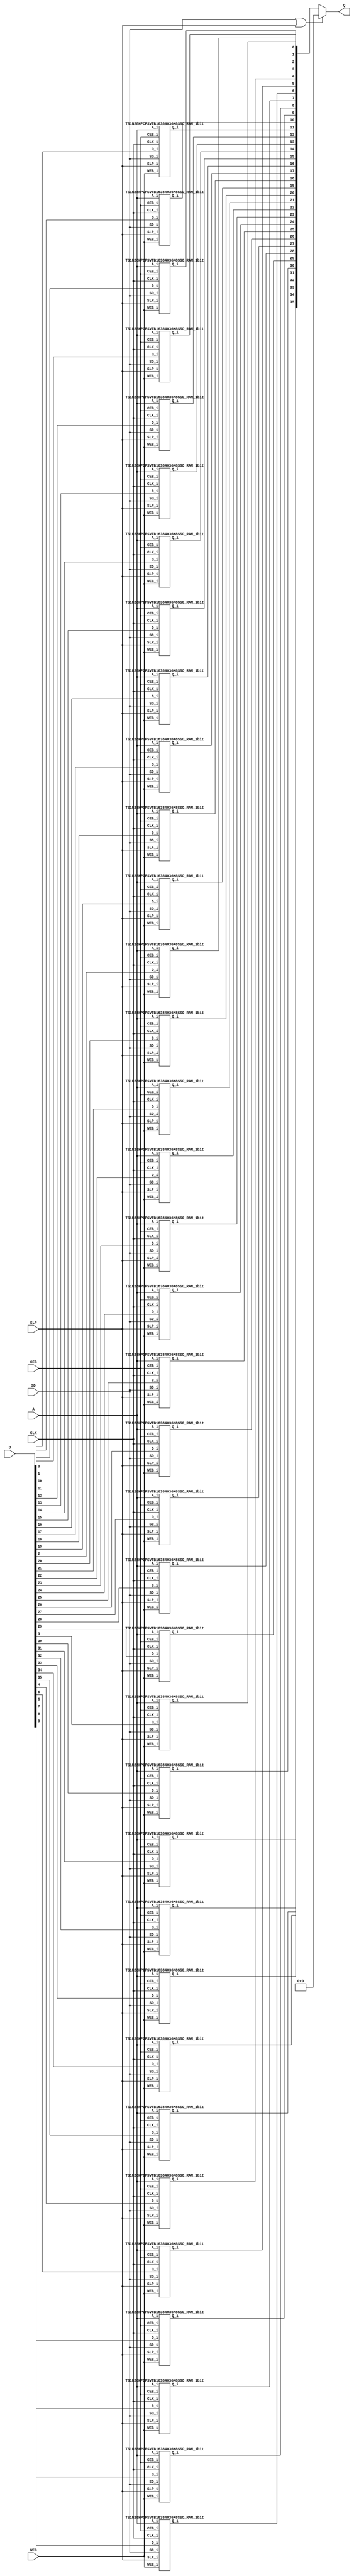
//#*********************************************************************************************************************/
//# Software       : TSMC MEMORY COMPILER tsn28hpcpd127spsram_2012.02.00.d.180a						*/
//# Technology     : TSMC 28nm CMOS LOGIC High Performance Compact Mobile Computing Plus 1P10M HKMG CU_ELK 0.9V				*/
//#  Memory Type    : TSMC 28nm High Performance Compact Mobile Computing Plus Single Port SRAM with d127 bit cell SVT periphery */
//# Library Name   : ts1n28hpcpsvtb16384x36m8sso (user specify : TS1N28HPCPSVTB16384X36M8SSO)				*/
//# Library Version: 180a												*/
//# Generated Time : 2024/05/10, 15:16:52										*/
//#*********************************************************************************************************************/
//#															*/
//# STATEMENT OF USE													*/
//#															*/
//# This information contains confidential and proprietary information of TSMC.					*/
//# No part of this information may be reproduced, transmitted, transcribed,						*/
//# stored in a retrieval system, or translated into any human or computer						*/
//# language, in any form or by any means, electronic, mechanical, magnetic,						*/
//# optical, chemical, manual, or otherwise, without the prior written permission					*/
//# of TSMC. This information was prepared for informational purpose and is for					*/
//# use by TSMC's customers only. TSMC reserves the right to make changes in the					*/
//# information at any time and without notice.									*/
//#															*/
//#*********************************************************************************************************************/
//* Template Version : S_05_53301                                               */
//****************************************************************************** */
`resetall
`celldefine

`timescale 1ns/1ps

module TS1N28HPCPSVTB16384X36M8SSO (
            CLK, CEB, WEB,
            SLP,
            SD,
            A, D, 
            Q);

parameter numWord = 16384;
parameter numBit = 36;
parameter numWordAddr = 14;

//=== IO Ports ===//
// Normal Mode Input
input CLK;
input CEB;
input WEB;
input SLP;
input SD;

input [numWordAddr-1:0] A;
input [numBit-1:0] D;

// BIST Mode Input

// Test Mode

// Data Output
output [numBit-1:0] Q;


//=== Data Structure ===//
wire [numBit-1:0] Q_bistx;
wire [numBit-1:0] Q_ram;
wire [numBit-1:0] Q_tmp;

wire [numWordAddr-1:0] iA = A;
wire iCEB = CEB;
wire iWEB = WEB;
wire [numBit-1:0] iD = D;

//=== Operation ===//
TS1N28HPCPSVTB16384X36M8SSO_RAM_1bit sram_IO0 (
	SD,
	SLP,
	CLK,
	iCEB,
	iWEB,
	iA,
	iD[0],
	Q_ram[0]);
TS1N28HPCPSVTB16384X36M8SSO_RAM_1bit sram_IO1 (
	SD,
	SLP,
	CLK,
	iCEB,
	iWEB,
	iA,
	iD[1],
	Q_ram[1]);
TS1N28HPCPSVTB16384X36M8SSO_RAM_1bit sram_IO2 (
	SD,
	SLP,
	CLK,
	iCEB,
	iWEB,
	iA,
	iD[2],
	Q_ram[2]);
TS1N28HPCPSVTB16384X36M8SSO_RAM_1bit sram_IO3 (
	SD,
	SLP,
	CLK,
	iCEB,
	iWEB,
	iA,
	iD[3],
	Q_ram[3]);
TS1N28HPCPSVTB16384X36M8SSO_RAM_1bit sram_IO4 (
	SD,
	SLP,
	CLK,
	iCEB,
	iWEB,
	iA,
	iD[4],
	Q_ram[4]);
TS1N28HPCPSVTB16384X36M8SSO_RAM_1bit sram_IO5 (
	SD,
	SLP,
	CLK,
	iCEB,
	iWEB,
	iA,
	iD[5],
	Q_ram[5]);
TS1N28HPCPSVTB16384X36M8SSO_RAM_1bit sram_IO6 (
	SD,
	SLP,
	CLK,
	iCEB,
	iWEB,
	iA,
	iD[6],
	Q_ram[6]);
TS1N28HPCPSVTB16384X36M8SSO_RAM_1bit sram_IO7 (
	SD,
	SLP,
	CLK,
	iCEB,
	iWEB,
	iA,
	iD[7],
	Q_ram[7]);
TS1N28HPCPSVTB16384X36M8SSO_RAM_1bit sram_IO8 (
	SD,
	SLP,
	CLK,
	iCEB,
	iWEB,
	iA,
	iD[8],
	Q_ram[8]);
TS1N28HPCPSVTB16384X36M8SSO_RAM_1bit sram_IO9 (
	SD,
	SLP,
	CLK,
	iCEB,
	iWEB,
	iA,
	iD[9],
	Q_ram[9]);
TS1N28HPCPSVTB16384X36M8SSO_RAM_1bit sram_IO10 (
	SD,
	SLP,
	CLK,
	iCEB,
	iWEB,
	iA,
	iD[10],
	Q_ram[10]);
TS1N28HPCPSVTB16384X36M8SSO_RAM_1bit sram_IO11 (
	SD,
	SLP,
	CLK,
	iCEB,
	iWEB,
	iA,
	iD[11],
	Q_ram[11]);
TS1N28HPCPSVTB16384X36M8SSO_RAM_1bit sram_IO12 (
	SD,
	SLP,
	CLK,
	iCEB,
	iWEB,
	iA,
	iD[12],
	Q_ram[12]);
TS1N28HPCPSVTB16384X36M8SSO_RAM_1bit sram_IO13 (
	SD,
	SLP,
	CLK,
	iCEB,
	iWEB,
	iA,
	iD[13],
	Q_ram[13]);
TS1N28HPCPSVTB16384X36M8SSO_RAM_1bit sram_IO14 (
	SD,
	SLP,
	CLK,
	iCEB,
	iWEB,
	iA,
	iD[14],
	Q_ram[14]);
TS1N28HPCPSVTB16384X36M8SSO_RAM_1bit sram_IO15 (
	SD,
	SLP,
	CLK,
	iCEB,
	iWEB,
	iA,
	iD[15],
	Q_ram[15]);
TS1N28HPCPSVTB16384X36M8SSO_RAM_1bit sram_IO16 (
	SD,
	SLP,
	CLK,
	iCEB,
	iWEB,
	iA,
	iD[16],
	Q_ram[16]);
TS1N28HPCPSVTB16384X36M8SSO_RAM_1bit sram_IO17 (
	SD,
	SLP,
	CLK,
	iCEB,
	iWEB,
	iA,
	iD[17],
	Q_ram[17]);
TS1N28HPCPSVTB16384X36M8SSO_RAM_1bit sram_IO18 (
	SD,
	SLP,
	CLK,
	iCEB,
	iWEB,
	iA,
	iD[18],
	Q_ram[18]);
TS1N28HPCPSVTB16384X36M8SSO_RAM_1bit sram_IO19 (
	SD,
	SLP,
	CLK,
	iCEB,
	iWEB,
	iA,
	iD[19],
	Q_ram[19]);
TS1N28HPCPSVTB16384X36M8SSO_RAM_1bit sram_IO20 (
	SD,
	SLP,
	CLK,
	iCEB,
	iWEB,
	iA,
	iD[20],
	Q_ram[20]);
TS1N28HPCPSVTB16384X36M8SSO_RAM_1bit sram_IO21 (
	SD,
	SLP,
	CLK,
	iCEB,
	iWEB,
	iA,
	iD[21],
	Q_ram[21]);
TS1N28HPCPSVTB16384X36M8SSO_RAM_1bit sram_IO22 (
	SD,
	SLP,
	CLK,
	iCEB,
	iWEB,
	iA,
	iD[22],
	Q_ram[22]);
TS1N28HPCPSVTB16384X36M8SSO_RAM_1bit sram_IO23 (
	SD,
	SLP,
	CLK,
	iCEB,
	iWEB,
	iA,
	iD[23],
	Q_ram[23]);
TS1N28HPCPSVTB16384X36M8SSO_RAM_1bit sram_IO24 (
	SD,
	SLP,
	CLK,
	iCEB,
	iWEB,
	iA,
	iD[24],
	Q_ram[24]);
TS1N28HPCPSVTB16384X36M8SSO_RAM_1bit sram_IO25 (
	SD,
	SLP,
	CLK,
	iCEB,
	iWEB,
	iA,
	iD[25],
	Q_ram[25]);
TS1N28HPCPSVTB16384X36M8SSO_RAM_1bit sram_IO26 (
	SD,
	SLP,
	CLK,
	iCEB,
	iWEB,
	iA,
	iD[26],
	Q_ram[26]);
TS1N28HPCPSVTB16384X36M8SSO_RAM_1bit sram_IO27 (
	SD,
	SLP,
	CLK,
	iCEB,
	iWEB,
	iA,
	iD[27],
	Q_ram[27]);
TS1N28HPCPSVTB16384X36M8SSO_RAM_1bit sram_IO28 (
	SD,
	SLP,
	CLK,
	iCEB,
	iWEB,
	iA,
	iD[28],
	Q_ram[28]);
TS1N28HPCPSVTB16384X36M8SSO_RAM_1bit sram_IO29 (
	SD,
	SLP,
	CLK,
	iCEB,
	iWEB,
	iA,
	iD[29],
	Q_ram[29]);
TS1N28HPCPSVTB16384X36M8SSO_RAM_1bit sram_IO30 (
	SD,
	SLP,
	CLK,
	iCEB,
	iWEB,
	iA,
	iD[30],
	Q_ram[30]);
TS1N28HPCPSVTB16384X36M8SSO_RAM_1bit sram_IO31 (
	SD,
	SLP,
	CLK,
	iCEB,
	iWEB,
	iA,
	iD[31],
	Q_ram[31]);
TS1N28HPCPSVTB16384X36M8SSO_RAM_1bit sram_IO32 (
	SD,
	SLP,
	CLK,
	iCEB,
	iWEB,
	iA,
	iD[32],
	Q_ram[32]);
TS1N28HPCPSVTB16384X36M8SSO_RAM_1bit sram_IO33 (
	SD,
	SLP,
	CLK,
	iCEB,
	iWEB,
	iA,
	iD[33],
	Q_ram[33]);
TS1N28HPCPSVTB16384X36M8SSO_RAM_1bit sram_IO34 (
	SD,
	SLP,
	CLK,
	iCEB,
	iWEB,
	iA,
	iD[34],
	Q_ram[34]);
TS1N28HPCPSVTB16384X36M8SSO_RAM_1bit sram_IO35 (
	SD,
	SLP,
	CLK,
	iCEB,
	iWEB,
	iA,
	iD[35],
	Q_ram[35]);

wire power_down = SD | SLP ;


//  Q bypass
assign Q_tmp = Q_ram;
assign Q_bistx = Q_tmp;
//  Output Q
assign Q = power_down ? {numBit{1'b0}} : Q_bistx;

endmodule



// 1 bit SRAM 
module TS1N28HPCPSVTB16384X36M8SSO_RAM_1bit (
	SD_i,
	SLP_i,
	CLK_i,
	CEB_i,
	WEB_i,
	A_i,
	D_i,
	Q_i);

parameter numWord = 16384;
parameter numWordAddr = 14;

input SD_i;
input SLP_i;
input CLK_i;
input CEB_i;
input WEB_i;
input [numWordAddr-1:0] A_i;
input D_i;

output Q_i;

reg Q_i;
reg MEMORY [numWord-1:0];

// Write Mode
and u_w_0 (	WB,
		!SD_i,
		!SLP_i,
		!WEB_i,
		!CEB_i) ;


always @ (posedge CLK_i)
  if (WB) begin
    MEMORY[A_i] = D_i;
  end

// READ Mode
and u_r_0 (	RB,
		!SD_i,
		!SLP_i,
		WEB_i,
		!CEB_i) ;

always @ (posedge CLK_i)
  if (RB) begin
     Q_i = MEMORY[A_i];
  end

endmodule
`endcelldefine